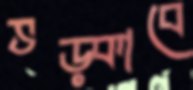
ভড়্‌কাবে